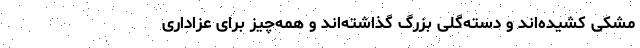
مشکی کشیده‌اند و دسته‌گلی بزرگ گذاشته‌اند و همه‌چیز برای عزاداری